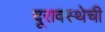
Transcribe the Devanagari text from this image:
दूरावस्थेची